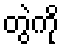
တွဲကို